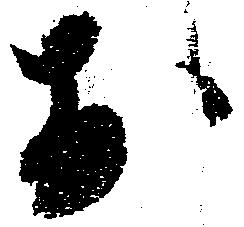
於